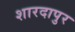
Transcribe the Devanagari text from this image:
शारदापुर